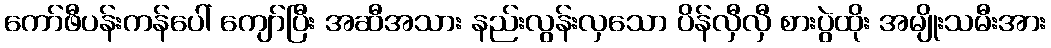
ကော်ဖီပန်းကန်ပေါ် ကျော်ပြီး အဆီအသား နည်းလွန်းလှသော ပိန်လှီလှီ စားပွဲထိုး အမျိုးသမီးအား